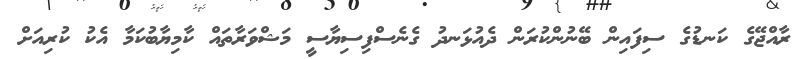
ރާއްޖޭގެ ކަނޑުގެ ސިފައިން ބޭނުންކުރަން ދެއުޅަނދު ގެނެސްފިސިޔާސީ މަޝްވަރާތައް ކާމިޔާބުކަމާ އެކު ކުރިއަށް